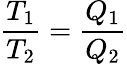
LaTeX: \frac{T_{1}}{T_{2}}=\frac{Q_{1}}{Q_{2}}